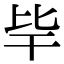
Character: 𣬂